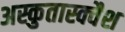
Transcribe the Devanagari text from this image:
अस्कुतास्क्वैश